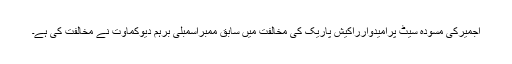
اجمیرکی مسودہ سیٹ پرامیدوارراکیش پاریک کی مخالفت میں سابق ممبراسمبلی برہم دیوکماوت نے مخالفت کی ہے۔